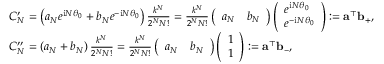
\begin{array} { r l } & { C _ { N } ^ { \prime } = \left( { a _ { N } } { e ^ { \mathrm { i } N \theta _ { 0 } } } + { b _ { N } } { e ^ { - \mathrm { i } N \theta _ { 0 } } } \right) { \frac { { { k ^ { N } } } } { { { 2 ^ { N } } N ! } } } = { \frac { { { k ^ { N } } } } { { { 2 ^ { N } } N ! } } } \left( \begin{array} { l l } { a _ { N } } & { b _ { N } } \end{array} \right) \left( \begin{array} { l } { e ^ { \mathrm { i } N \theta _ { 0 } } } \\ { e ^ { - \mathrm { i } N \theta _ { 0 } } } \end{array} \right) : = \mathbf a ^ { \top } \mathbf b _ { + } , } \\ & { C _ { N } ^ { \prime \prime } = \left( { a _ { N } } + { b _ { N } } \right) { \frac { { { k ^ { N } } } } { { { 2 ^ { N } } N ! } } } = { \frac { { { k ^ { N } } } } { { { 2 ^ { N } } N ! } } } \left( \begin{array} { l l } { a _ { N } } & { b _ { N } } \end{array} \right) \left( \begin{array} { l } { 1 } \\ { 1 } \end{array} \right) : = \mathbf a ^ { \top } \mathbf b _ { - } , } \end{array}